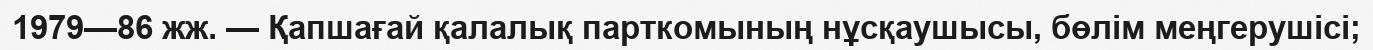
1979—86 жж. — Қапшағай қалалық парткомының нұсқаушысы, бөлім меңгерушісі;